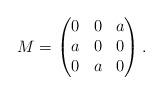
LaTeX: \begin{align*}M=\begin{pmatrix}0 & 0 & a \\a & 0 & 0 \\0 & a & 0\end{pmatrix}.\end{align*}